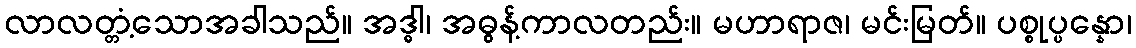
လာလတ္တံ့သောအခါသည်။ အဒ္ဓါ၊ အဓွန့်ကာလတည်း။ မဟာရာဇ၊ မင်းမြတ်။ ပစ္စုပ္ပန္နော၊